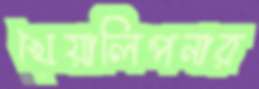
খেয়ালিপনার